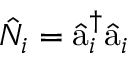
\hat { N } _ { i } = \hat { \textmd a } _ { i } ^ { \dagger } \hat { \textmd a } _ { i }